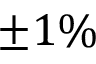
\pm 1 \%